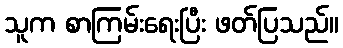
သူက စာကြမ်းရေးပြီး ဖတ်ပြသည်။